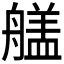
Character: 𮎔